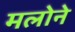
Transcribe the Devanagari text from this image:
मलोने